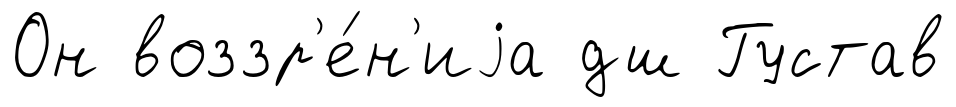
Он воззр'е́н'иjа дш Густав